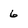
Character: 6